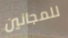
للمجانين